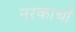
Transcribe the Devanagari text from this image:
नरकाची